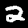
Digit: 2